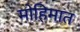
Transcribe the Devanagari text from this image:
मोहिमात